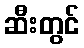
ဆီးတွင်